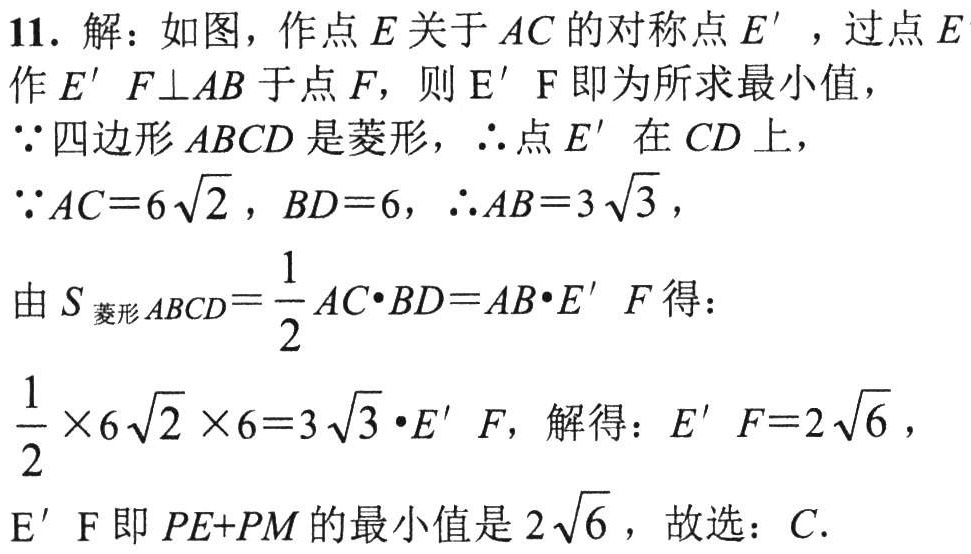
11. 解：如图，作点\(E\)关于\(AC\)的对称点\(E'\)，过点\(E'\)
作\(E'F\perp AB\)于点\(F\)，则\(E'F\)即为所求最小值，
\(\because\)四边形\(ABCD\)是菱形，\(\therefore\)点\(E'\)在\(CD\)上，
\(\because AC = 6\sqrt{2}\)，\(BD = 6\)，\(\therefore AB = 3\sqrt{3}\)，
由\(S_{菱形ABCD}=\frac{1}{2}AC\cdot BD = AB\cdot E'F\)得：
\(\frac{1}{2}\times6\sqrt{2}\times6 = 3\sqrt{3}\cdot E'F\)，解得：\(E'F = 2\sqrt{6}\)，
\(E'F\)即\(PE + PM\)的最小值是\(2\sqrt{6}\)，故选：\(C\).